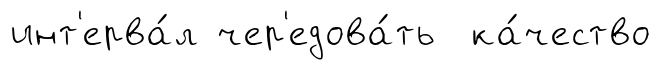
инт'ерва́л чер'едова́ть ка́чество